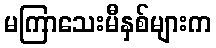
မကြာသေးမီနှစ်များက